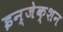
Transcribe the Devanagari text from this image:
इन्‍जेक्‍शन